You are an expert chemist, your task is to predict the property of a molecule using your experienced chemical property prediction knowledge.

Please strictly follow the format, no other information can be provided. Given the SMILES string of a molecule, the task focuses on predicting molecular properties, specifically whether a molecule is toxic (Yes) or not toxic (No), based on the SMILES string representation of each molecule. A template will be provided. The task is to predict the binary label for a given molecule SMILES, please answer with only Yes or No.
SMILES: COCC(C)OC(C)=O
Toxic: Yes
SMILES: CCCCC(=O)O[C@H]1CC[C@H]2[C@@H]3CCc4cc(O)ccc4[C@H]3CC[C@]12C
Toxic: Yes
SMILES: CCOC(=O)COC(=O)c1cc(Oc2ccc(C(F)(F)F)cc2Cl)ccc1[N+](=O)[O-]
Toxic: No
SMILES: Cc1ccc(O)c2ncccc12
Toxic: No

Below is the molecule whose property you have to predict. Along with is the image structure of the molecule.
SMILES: COc1cc([C@H]2Oc3cc([C@H]4Oc5cc(O)cc(O)c5C(=O)[C@@H]4O)ccc3O[C@@H]2CO)ccc1O
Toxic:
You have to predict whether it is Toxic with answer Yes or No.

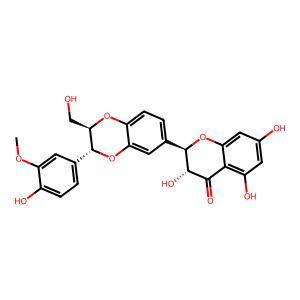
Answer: No